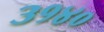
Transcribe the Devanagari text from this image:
३१४०